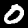
Label: 0